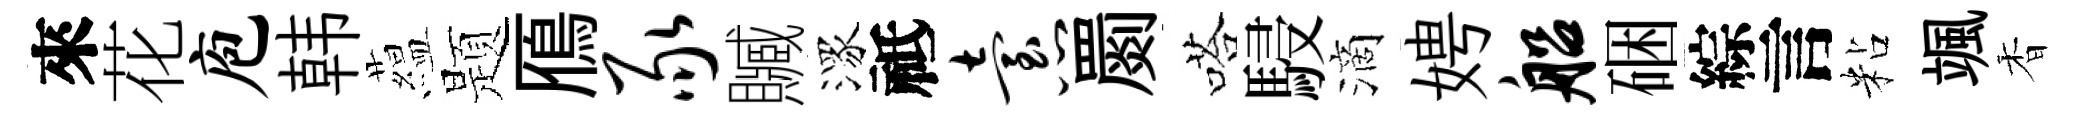
來花庖韩藴题鴈豕贓潈祗怠罽嗒駸滴娉船硱綜言粘颯香